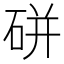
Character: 硑